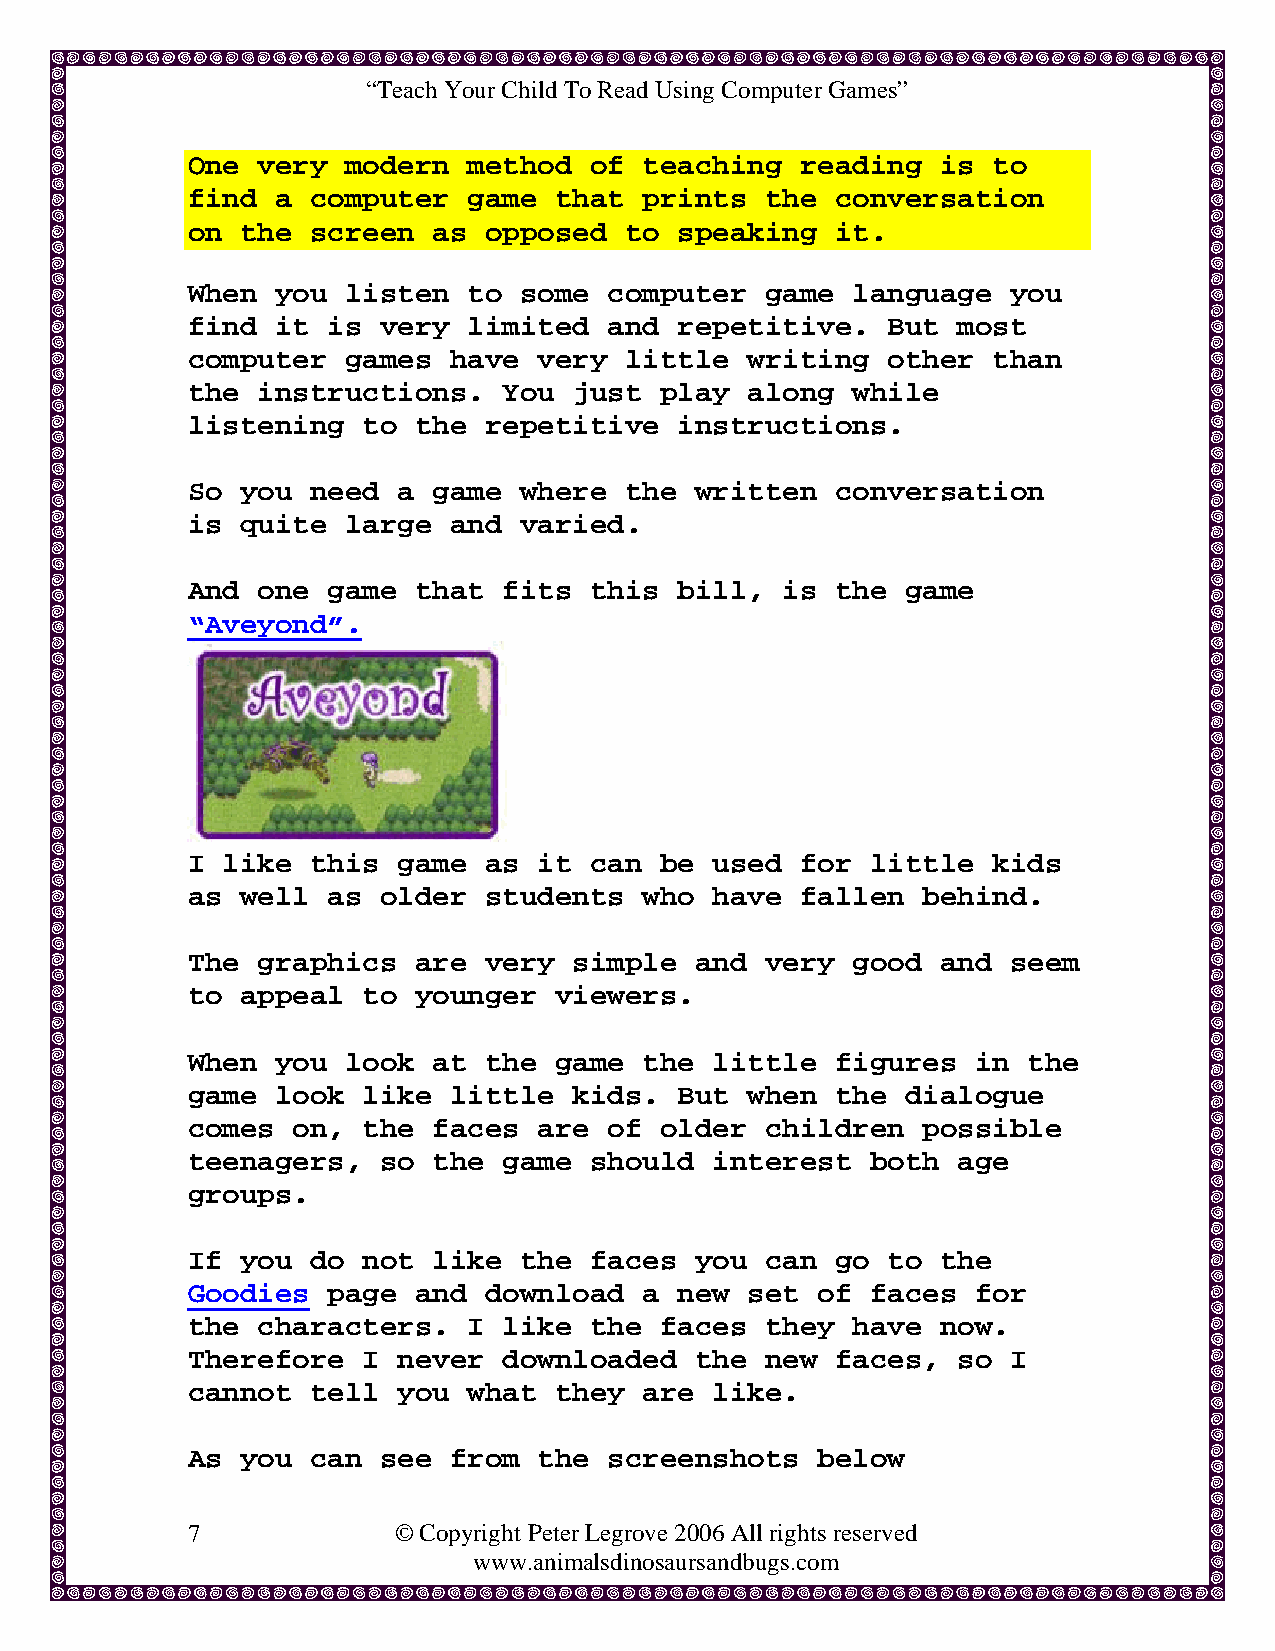
“Teach Your Child To Read Using Computer Games”
 One  very  modern  method  of  teaching  reading  is  to
 find  a  computer  game  that  prints  the conversation
 on  the  screen  as opposed  to  speaking  it.
 When  you  listen  to some  computer   game language   you
 find  it  is very  limited  and  repetitive.   But most
 computer   games  have  very little  writing   other  than
 the  instructions.   You  just  play along  while
 listening   to the  repetitive   instructions.
 So  you  need a  game where  the  written  conversation
 is  quite  large  and varied.
 And  one  game that  fits  this  bill,  is the  game
 “Aveyond”.
 I  like  this game  as  it can  be used  for  little  kids
 as  well  as older  students   who have  fallen  behind.
 The  graphics  are  very  simple  and  very good  and  seem
 to  appeal  to younger   viewers.
 When  you  look  at the  game  the little  figures   in the
 game  look  like  little  kids.  But when  the  dialogue
 comes  on,  the  faces  are of  older  children  possible
 teenagers,   so  the game  should  interest   both age
 groups.
 If  you  do not  like the  faces  you  can go  to the
 Goodies   page and  download   a new set  of  faces  for
 the  characters.   I like  the  faces  they have  now.
 Therefore   I never  downloaded   the  new faces,  so  I
 cannot   tell you  what  they  are like.
 As  you  can see  from  the screenshots   below
 7             © Copyright Peter Legrove 2006 All rights reserved
 www.animalsdinosaursandbugs.com